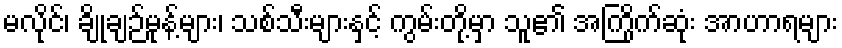
မလိုင်၊ ချိုချဉ်မုန့်များ၊ သစ်သီးများနှင့် ကွမ်းတို့မှာ သူ၏ အကြိုက်ဆုံး အာဟာရများ